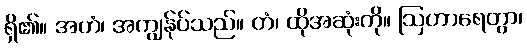
ရှိ၏။ အဟံ၊ အကျွန်ုပ်သည်။ တံ၊ ထိုအဆုံးကို။ ဩဟာရေတွာ၊